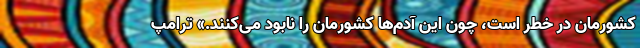
کشورمان در خطر است، چون این آدم‌ها کشورمان را نابود می‌کنند.» ترامپ